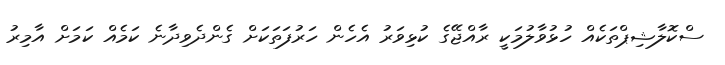
ސްކޮލާޝިޕްތަކެއް ހުޅުވާލުމަކީ ރާއްޖޭގެ ކުޅިވަރު އެހެން ހަރުފަތަކަށް ގެންދެވިދާނެ ކަމެއް ކަމަށް އާމިރު